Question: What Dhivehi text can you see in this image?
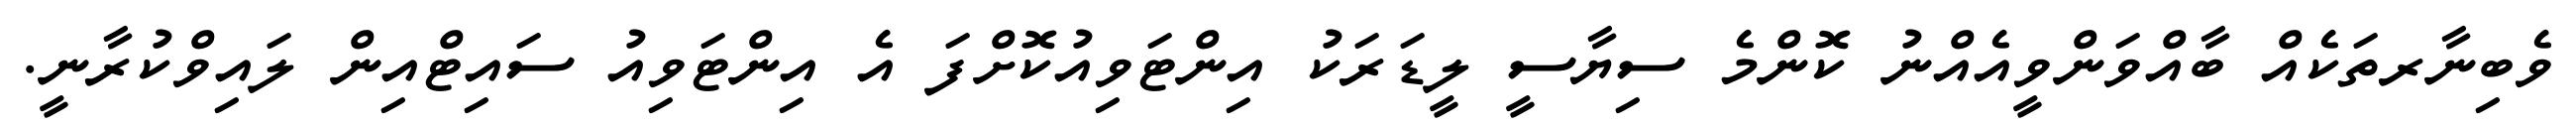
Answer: ވެބިނާރތަކެއް ބާއްވަންވީއެއްނު ކޮންމެ ސިޔާސީ ލީޑަރަކު އިންޓަވިއުކޮށްފަ އެ އިންޓަވިއު ސައިޓްއިން ލައިވްކުރާނީ.